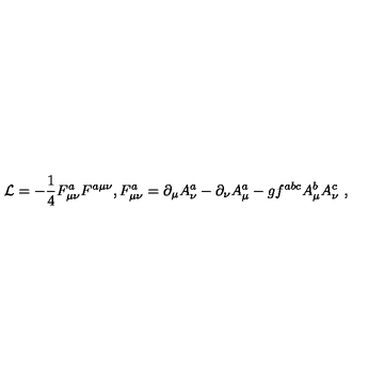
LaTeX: { \cal L } = - \frac { 1 } { 4 } F _ { \mu \nu } ^ { a } F ^ { a \mu \nu } , F _ { \mu \nu } ^ { a } = \partial _ { \mu } A _ { \nu } ^ { a } - \partial _ { \nu } A _ { \mu } ^ { a } - g f ^ { a b c } A _ { \mu } ^ { b } A _ { \nu } ^ { c } \ ,